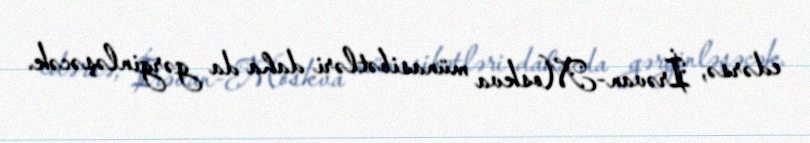
edərsə, İrəvan-Moskva münasibətləri daha da gərginləşəcək.